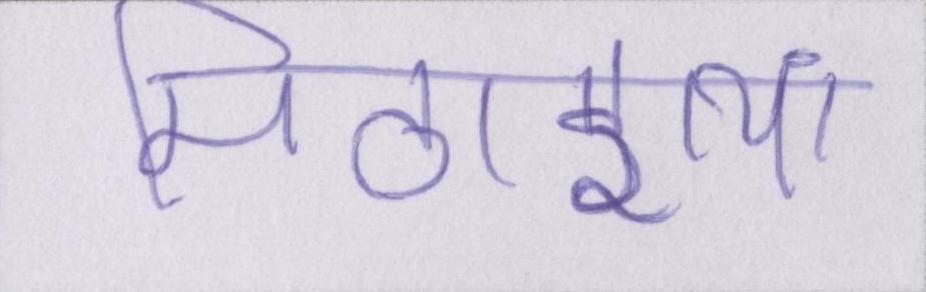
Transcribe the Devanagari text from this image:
मिठाइयां